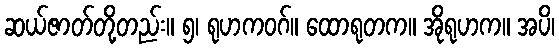
ဆယ်ဇာတ်တို့တည်း။ ၅၊ ရုဟကဝဂ်။ ထောရုတက။ အိုရုဟက။ အပိ၊